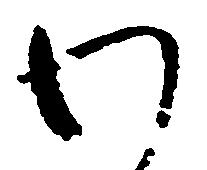
わ